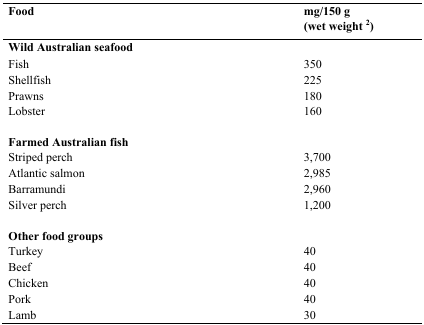
<table><thead><tr><td><b>Food</b></td><td><b>mg/150 g (wet weight <sup>2</sup>)</b></td></tr></thead><tbody><tr><td><b>Wild Australian seafood</b></td><td></td></tr><tr><td>Fish</td><td>350</td></tr><tr><td>Shellfish</td><td>225</td></tr><tr><td>Prawns</td><td>180</td></tr><tr><td>Lobster</td><td>160</td></tr><tr><td><b>Farmed Australian fish</b></td><td></td></tr><tr><td>Striped perch</td><td>3,700</td></tr><tr><td>Atlantic salmon</td><td>2,985</td></tr><tr><td>Barramundi</td><td>2,960</td></tr><tr><td>Silver perch</td><td>1,200</td></tr><tr><td><b>Other food groups</b></td><td></td></tr><tr><td>Turkey</td><td>40</td></tr><tr><td>Beef</td><td>40</td></tr><tr><td>Chicken</td><td>40</td></tr><tr><td>Pork</td><td>40</td></tr><tr><td>Lamb</td><td>30</td></tr></tbody></table>